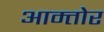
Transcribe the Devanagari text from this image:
आम्तोर